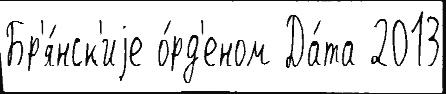
Бр'я́нск'иjе о́рд'еном Да́та 2013